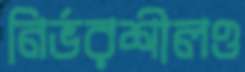
নির্ভরশীলও